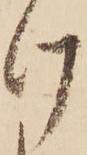
け